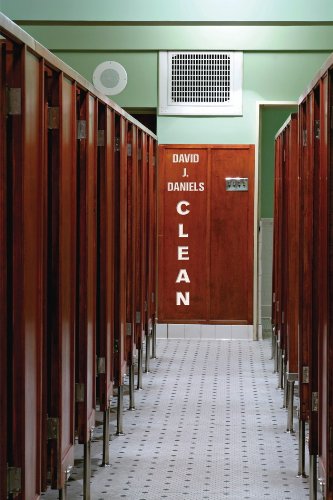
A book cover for Clean (Four Way Books Intro Prize in Poetry); David J. Daniels; Gay & Lesbian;